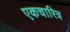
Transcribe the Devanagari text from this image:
एकचारित्र